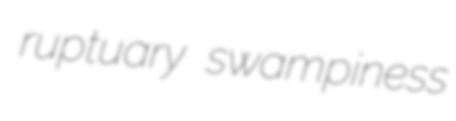
ruptuary swampiness